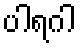
ပါရဂါ